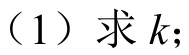
（1）求\(k\)；